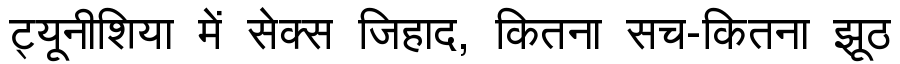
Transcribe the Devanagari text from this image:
ट्यूनीशिया में सेक्स जिहाद, कितना सच-कितना झूठ